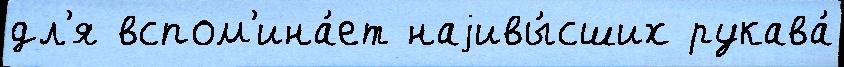
дл'я вспом'ина́ет наjивы́сших рукава́